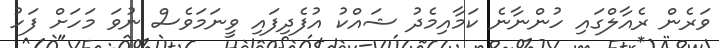
ވަރެން ރެއާލްގައި ހުންނާނެ ކަމާއިމެދު ޝައްކު އުފެދިފައި ވީނަމަވެސް ނުވަ މަހަށް ފަހު